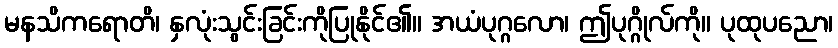
မနသိကရောတိ၊ နှလုံးသွင်းခြင်းကိုပြုနိုင်၏။ အယံပုဂ္ဂလော၊ ဤပုဂ္ဂိုလ်ကို။ ပုထုပညော၊